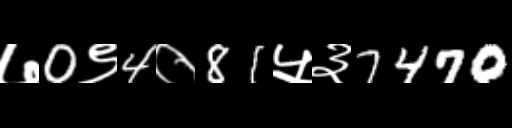
Text: ७0९4०81५३7470